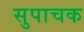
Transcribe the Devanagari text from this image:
सुपाचक